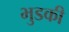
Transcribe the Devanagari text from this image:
भुडकी